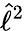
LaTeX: \hat{\ell}^{2}